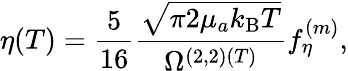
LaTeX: \eta(T)=\frac{5}{16}\frac{\sqrt{\pi 2\mu_{a}k_{\mathrm{B}}T}}{\Omega^{(2,2)(T)}}f_{\eta}^{(m)},